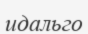
идальго